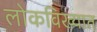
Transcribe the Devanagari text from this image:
लोकविख्यात